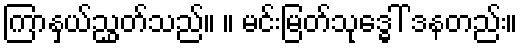
ကြာနှယ်ညွှတ်သည်။ ။ မင်းမြတ်သုဒ္ဓေါ် ဒနတည်း။